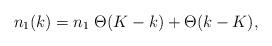
LaTeX: \begin{align*}n_1(k) = n_1\; \Theta(K-k) + \Theta(k-K),\end{align*}